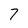
Character: 7